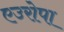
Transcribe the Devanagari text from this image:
एउरोपा